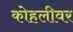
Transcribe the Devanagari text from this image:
कोहलीवर